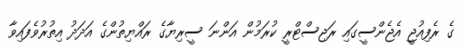
ގެ ރެފިއުޖީ އެޖެންސީގައި ރަޖިސްޓްރީ ކުރަމުން އަންނަ ސީރިޔާގެ ރައްޔިތުންގެ އަދަދު އިތުރުވެފައިވާ